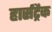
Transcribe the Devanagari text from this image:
हार्सट्रैक